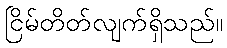
ငြိမ်တိတ်လျက်ရှိသည်။